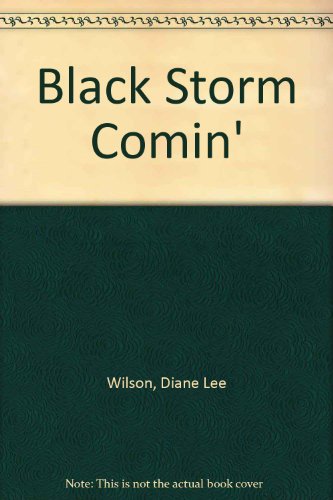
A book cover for Black Storm Comin'; Diane Lee Wilson; Teen & Young Adult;